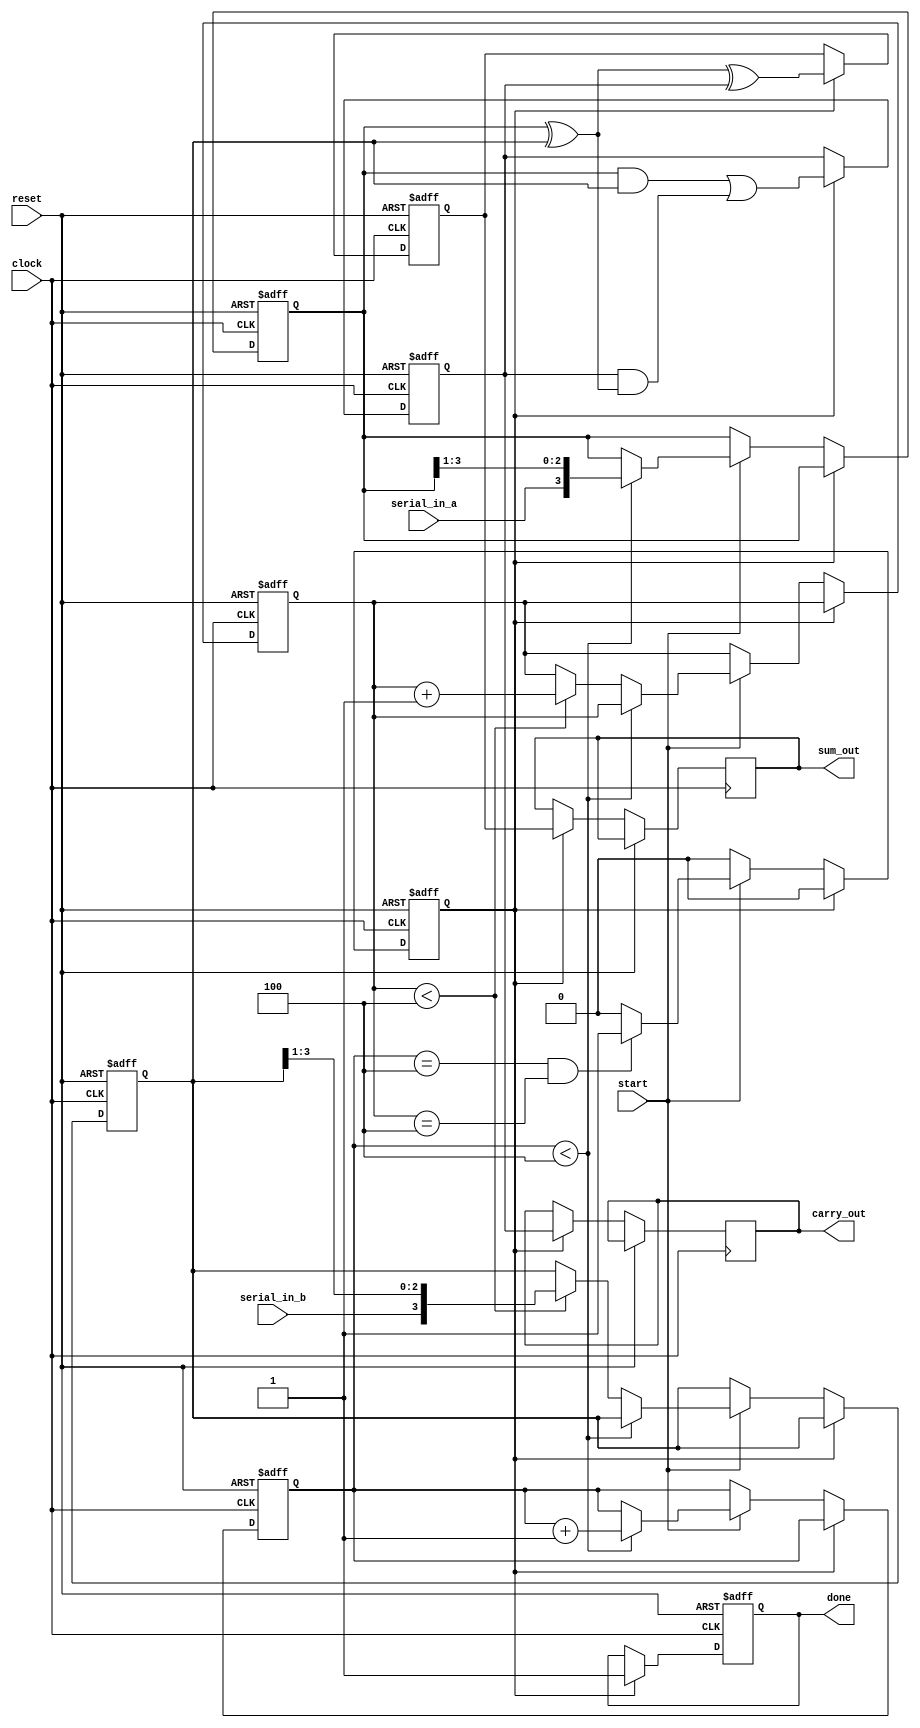
module Serial_Carry_Save_Adder #(
    parameter N = 4 // Bit width of operands
)(
    input clock,
    input reset,
    input serial_in_a, // Serial input for operand A
    input serial_in_b, // Serial input for operand B
    input start, // Signal to start the addition process
    output reg [N-1:0] sum_out, // Output sum
    output reg [N-1:0] carry_out, // Output carry
    output reg done // Signal indicating completion of the operation
);

// Internal Registers
reg [N-1:0] shift_reg_a; // Shift register for operand A
reg [N-1:0] shift_reg_b; // Shift register for operand B
reg [N-1:0] sum; // Internal sum
reg [N-1:0] carry; // Internal carry
reg [3:0] count_a; // Count for bits of A
reg [3:0] count_b; // Count for bits of B
reg state; // State to manage the addition process

// State Encoding
localparam IDLE = 1'b0, ADD = 1'b1;

// Shift Register Logic
always @(posedge clock or posedge reset) begin
    if (reset) begin
        shift_reg_a <= 0;
        shift_reg_b <= 0;
        count_a <= 0;
        count_b <= 0;
        sum <= 0;
        carry <= 0;
        done <= 0;
        state <= IDLE;
    end else begin
        case (state)
            IDLE: begin
                if (start) begin
                    if (count_a < N) begin
                        shift_reg_a <= {serial_in_a, shift_reg_a[N-1:1]};
                        count_a <= count_a + 1;
                    end else if (count_b < N) begin
                        shift_reg_b <= {serial_in_b, shift_reg_b[N-1:1]};
                        count_b <= count_b + 1;
                    end

                    // Transition to ADD state if both inputs are fully loaded
                    if (count_a == N && count_b == N) begin
                        state <= ADD;
                    end
                end
            end
            ADD: begin
                // Perform CSA operation
                sum <= shift_reg_a ^ shift_reg_b ^ carry; // Sum bits
                carry <= (shift_reg_a & shift_reg_b) | (carry & (shift_reg_a ^ shift_reg_b)); // Carry bits

                // Final outputs after one clock cycle
                sum_out <= sum;
                carry_out <= carry;

                // Signal done after performing the addition
                done <= 1;
                state <= IDLE; // Reset state
            end
        endcase
    end
end

endmodule